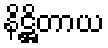
နိဋ္ဌိတာယ